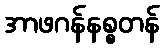
အာဖဂန်နစ္စတန်